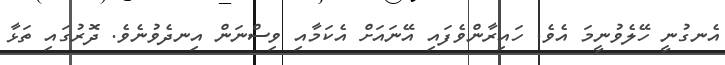
އެނގުނީ ހޭލެވުނީމަ އެވެ. ހައިރާންވެފައި އޭނައަށް އެކަމާއި ވިސްނަން އިނދެވުނެވެ. ދޮރުގައި ތަޅާ